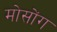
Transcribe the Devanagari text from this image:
मोसोंग